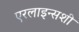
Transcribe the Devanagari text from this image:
एरलाइन्सशी